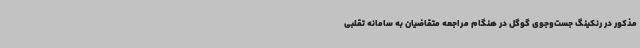
مذکور در رنکینگ جست‌وجوی گوگل در هنگام مراجعه متقاضیان به سامانه تقلبی